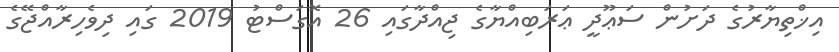
އިޚްތިޔާރުގެ ދަށުން ސަޢޫދީ ޢަރަބިއްޔާގެ ޖިއްދާގައި 26 އޮގަސްޓު 2019 ގައި ދިވެހިރާއްޖޭގެ